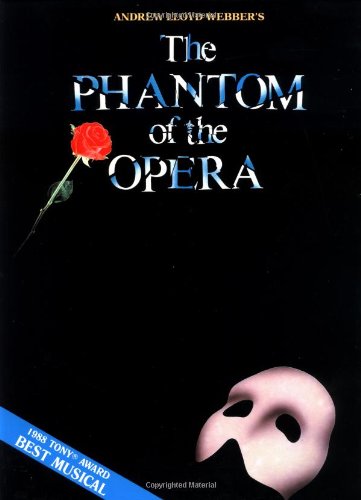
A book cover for Phantom of the Opera - Souvenir Edition: Piano/Vocal Selections (Melody in the Piano Part); Humor & Entertainment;